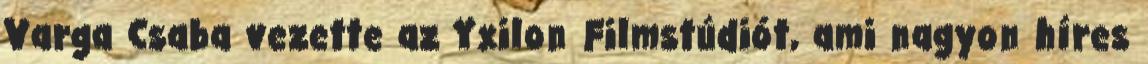
Varga Csaba vezette az Yxilon Filmstúdiót, ami nagyon híres